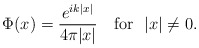
\begin{align*}\Phi(x)=\frac{e^{ik|x|}}{4\pi |x|}\quad\mbox{for\ \ $|x|\neq 0$}.\end{align*}